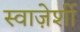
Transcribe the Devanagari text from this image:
स्वाज़ेर्शी